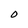
Character: O